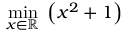
\operatorname* { m i n } _ { x \in \mathbb { R } } \; \left( x ^ { 2 } + 1 \right)